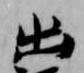
出